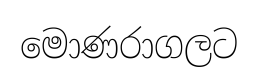
මොණරාගලට